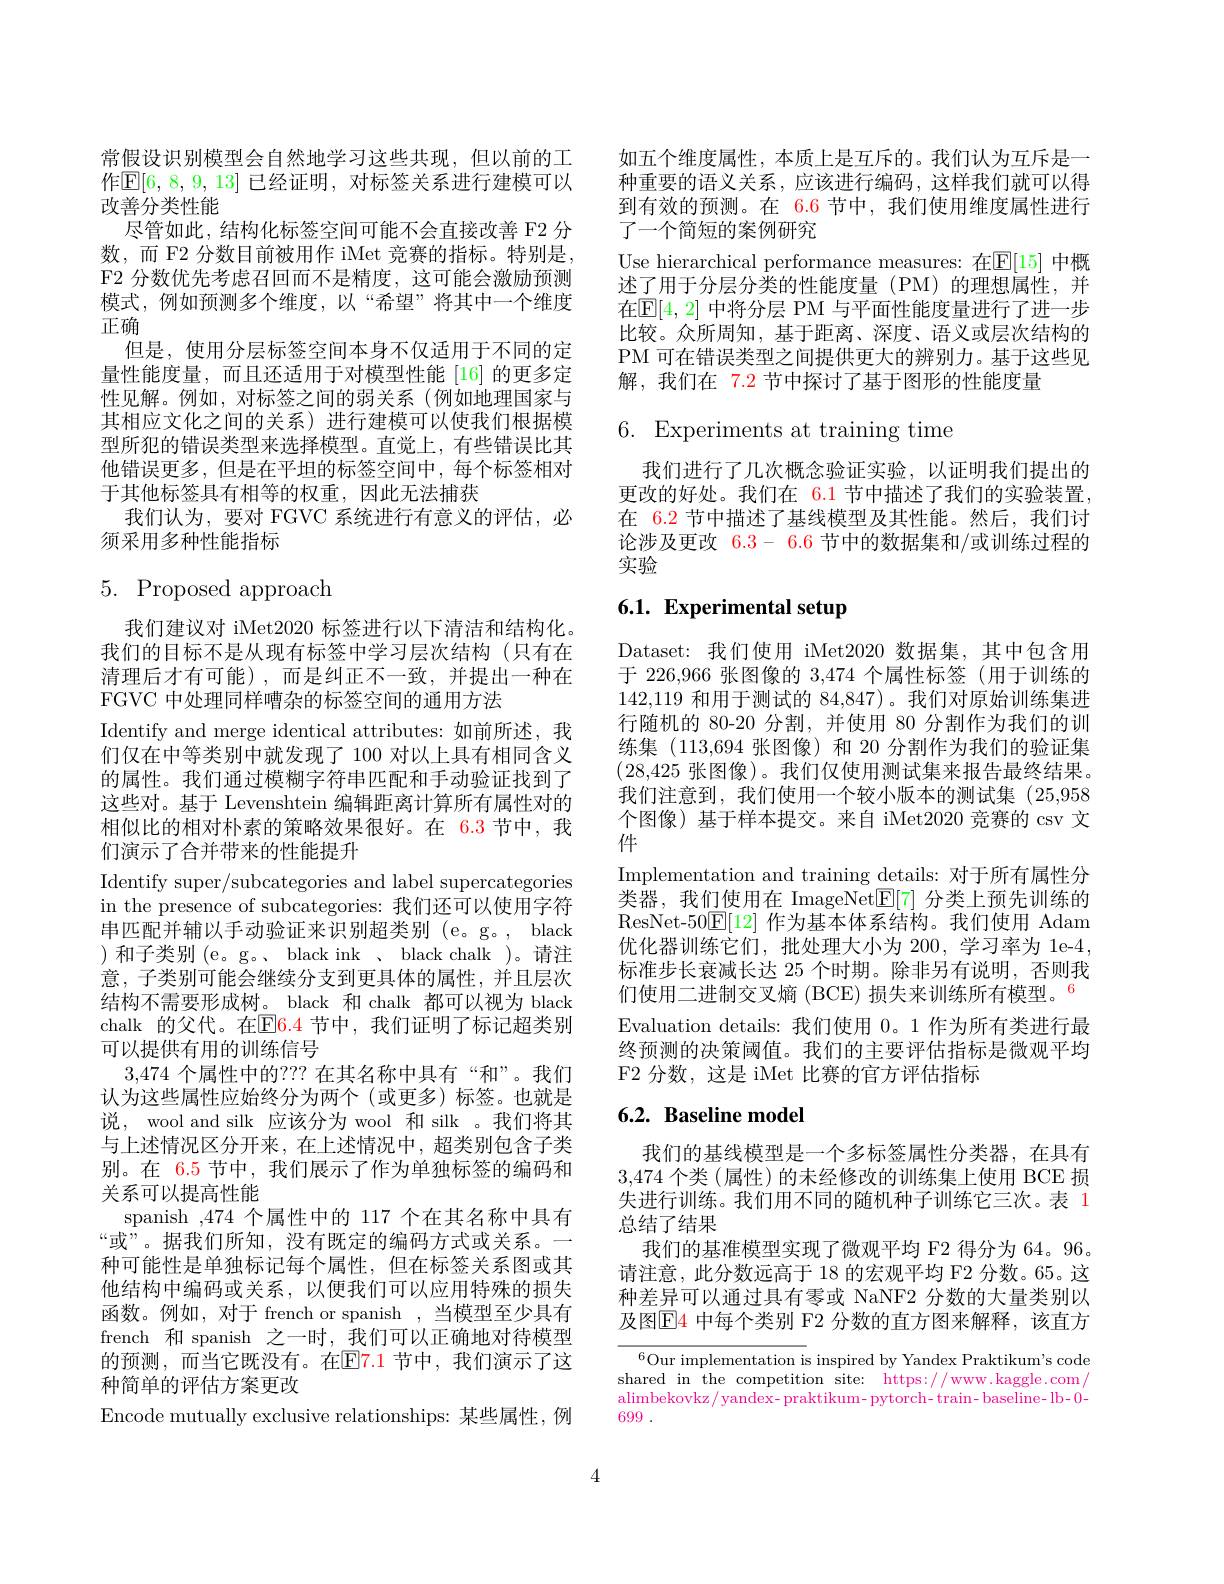
常假设识别模型会自然地学习这些共现，但以前的工作$\mathbb{E}[6,8,9,13]$ 已经证明，对标签关系进行建模可以改善分类性能
尽管如此，结构化标签空间可能不会直接改善 F2 分数，而 F2 分数目前被用作 iMet 竞赛的指标。特别是， F2 分数优先考虑召回而不是精度，这可能会激励预测模式，例如预测多个维度，以“希望”将其中一个维度正确
但是，使用分层标签空间本身不仅适用于不同的定量性能度量，而且还适用于对模型性能 [16]的更多定性见解。例如，对标签之间的弱关系(例如地理国家与其相应文化之间的关系)进行建模可以使我们根据模型所犯的错误类型来选择模型。直觉上，有些错误比其他错误更多，但是在平坦的标签空间中，每个标签相对于其他标签具有相等的权重，因此无法捕获
我们认为，要对 FGVC 系统进行有意义的评估，必
须采用多种性能指标

# $5.{\mathrm{Proposed~approach}}$

我们建议对 iMet2020 标签进行以下清洁和结构化。我们的目标不是从现有标签中学习层次结构(只有在清理后才有可能),而是纠正不一致，并提出一种在FGVC 中处理同样嘈杂的标签空间的通用方法
Identify and merge identical attributes: 如前所述，我们仅在中等类别中就发现了 100 对以上具有相同含义的属性。我们通过模糊字符串匹配和手动验证找到了这些对。基于 Levenshtein 编辑距离计算所有属性对的相似比的相对朴素的策略效果很好。在 6.3 节中，我们演示了合并带来的性能提升
Identify super/subcategories and label supercategories in the presence of subcategories:我们还可以使用字符串匹配并辅以手动验证来识别超类别 (e。g。, black )和子类别(e。g。、black ink、black chalk )。请注意，子类别可能会继续分支到更具体的属性，并且层次结构不需要形成树。black 和 chalk 都可以视为 black chalk 的父代。在$\overline{\mathrm{E}}$6.4 节中，我们证明了标记超类别可以提供有用的训练信号
3,474个属性中的？?? 在其名称中具有“和”。我们认为这些属性应始终分为两个(或更多)标签。也就是说，wool and silk 应该分为 wool 和 silk 。我们将其与上述情况区分开来，在上述情况中，超类别包含子类别。在 6.5 节中，我们展示了作为单独标签的编码和关系可以提高性能
spanish ,474 个属性中的 117 个在其名称中具有“或”。据我们所知，没有既定的编码方式或关系。一种可能性是单独标记每个属性，但在标签关系图或其他结构中编码或关系，以便我们可以应用特殊的损失函数。例如，对于 french or spanish ,当模型至少具有french 和 spanish 之一时，我们可以正确地对待模型的预测，而当它既没有。在$\mathbb{E}\color{red}{7.1}$ 节中，我们演示了这种简单的评估方案更改
Encode mutually exclusive relationships: 某些属性，例

如五个维度属性，本质上是互斥的。我们认为互斥是一种重要的语义关系，应该进行编码，这样我们就可以得到有效的预测。在 6.6 节中，我们使用维度属性进行了一个简短的案例研究
Use hierarchical performance measures: 在$\mathbb{E}[15]$ 中概述了用于分层分类的性能度量(PM)的理想属性，并在$\mathbb{E}[4,2]$ 中将分层 PM 与平面性能度量进行了进一步比较。众所周知，基于距离、深度、语义或层次结构的PM 可在错误类型之间提供更大的辨别力。基于这些见解，我们在$\color{red}{7.2}$节中探讨了基于图形的性能度量

# 6. Experiments at training time

我们进行了几次概念验证实验，以证明我们提出的更改的好处。我们在 6.1 节中描述了我们的实验装置， 在 6.2 节中描述了基线模型及其性能。然后，我们讨论涉及更改6.3-6.6节中的数据集和/或训练过程的实验

# 6.1. Experimental setup

Dataset: 我们使用 iMet2020 数据集，其中包含用于 226,966 张图像的3，474个属性标签(用于训练的142,119和用于测试的 84,847)。我们对原始训练集进行随机的 80-20 分割，并使用 80 分割作为我们的训练集 (113,694 张图像)和 20 分割作为我们的验证集(28,425张图像)。我们仅使用测试集来报告最终结果。我们注意到，我们使用一个较小版本的测试集(25,958个图像) 基于样本提交。来自 iMet2020 竞赛的 csv 文件
Implementation and training details: 对于所有属性分类器，我们使用在 ImageNet$\underline{\mathrm{E}}[7]$分类上预先训练的ResNet-50$\mathbb{E}[12]$作为基本体系结构。我们使用 Adam 优化器训练它们，批处理大小为 200, 学习率为 1e-4, 标准步长衰减长达 25 个时期。除非另有说明，否则我们使用二进制交叉熵 (BCE) 损失来训练所有模型。$^{6}$ Evaluation details: 我们使用0。1 作为所有类进行最终预测的决策阈值。我们的主要评估指标是微观平均F2 分数，这是 iMet 比赛的官方评估指标

## 6.2. Baseline model

我们的基线模型是一个多标签属性分类器，在具有3,474个类 (属性)的未经修改的训练集上使用 BCE 损失进行训练。我们用不同的随机种子训练它三次。表 1总结了结果
我们的基准模型实现了微观平均 F2 得分为 64。96。请注意，此分数远高于 18 的宏观平均 F2 分数。65。这种差异可以通过具有零或 NaNF2 分数的大量类别以及图$\boxed{\mathrm{E}}4$ 中每个类别 F2 分数的直方图来解释，该直方

$^{6}$Our implementation is inspired by Yandex Praktikum's code shared in the competition site: https://www.kaggle.com/ $alimbekovkz/yandex-praktikum-pytorch-train-baseline-lb-0$- 699.

4